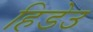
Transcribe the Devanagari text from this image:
हिडेउ